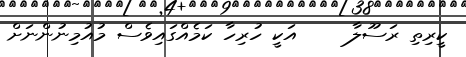
ކީރިތި ރަސޫލާ     އަކީ ހުރިހާ ކަމެއްގައިވެސް މުއުމިނުންނަށް